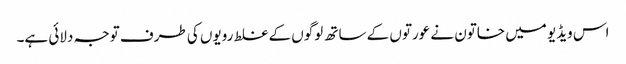
اس ویڈیو میں خاتون نے عورتوں کے ساتھ لوگوں کے غلط رویوں کی طرف توجہ دلائی ہے۔